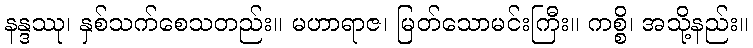
နန္ဒဿု၊ နှစ်သက်စေသတည်း။ မဟာရာဇ၊ မြတ်သောမင်းကြီး။ ကစ္စိ၊ အသို့နည်း။